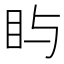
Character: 𪾟